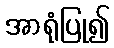
အာရုံပြု၍